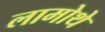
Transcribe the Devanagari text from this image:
लामोथे